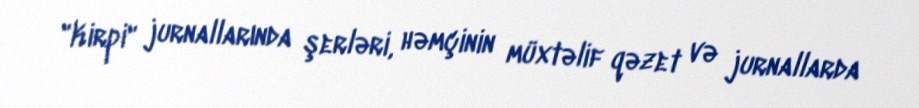
"Kirpi" jurnallarında şerləri, həmçinin müxtəlif qəzet və jurnallarda